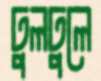
ঢুলঢুলে